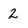
Character: 2